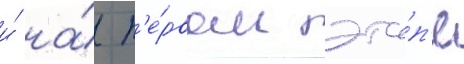
и́ на́ п'е́рвом эта́п'е